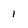
Character: 1